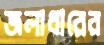
জলাধারের